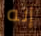
إنه